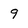
Character: 9